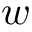
w